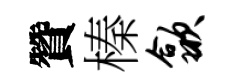
贊榛歙